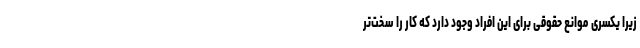
زیرا یکسری موانع حقوقی برای این افراد وجود دارد که کار را سخت‌تر